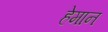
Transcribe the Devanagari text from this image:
हेमान